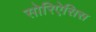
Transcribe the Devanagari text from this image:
सोरिऐसिस